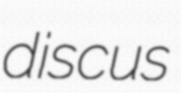
discus